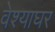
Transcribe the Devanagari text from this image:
वेश्याघर